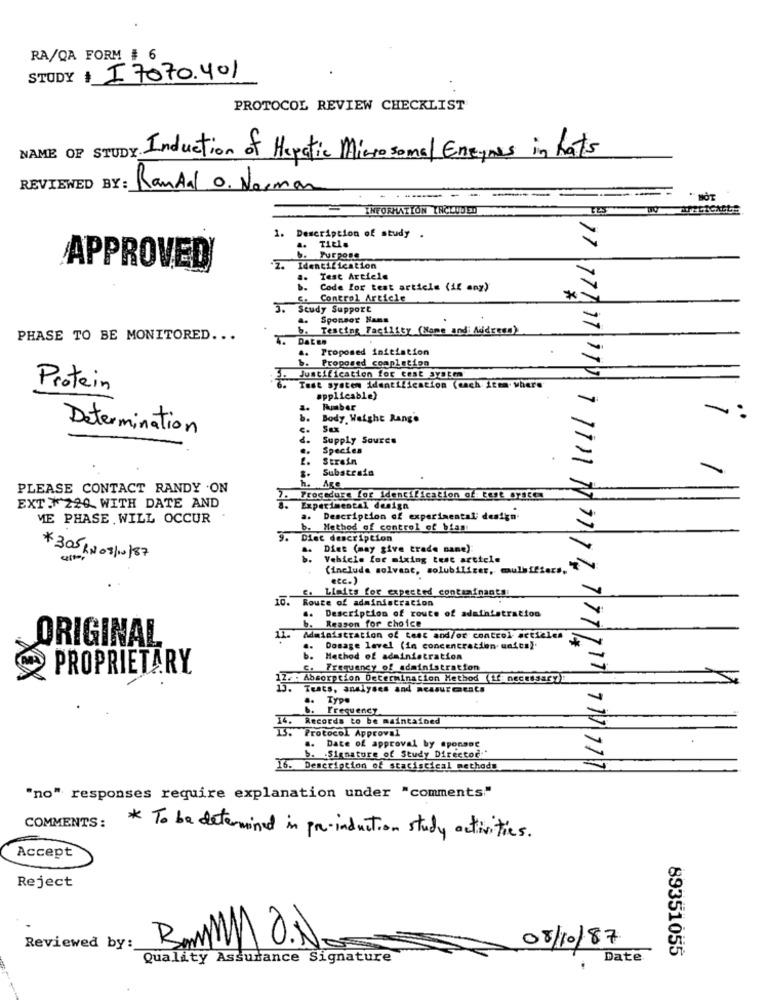
RA/QA FORM # 6
STUDY
I 7070.401
PROTOCOL REVIEW CHECKLIST
Induction of Hepatic Microsomel Eneynes in hats
REVIEWED BY: Randal o. Norman
---
-
" HOT
INFORMATION INCLUDED
1. Description of study .
a. Title
b. Purpose
APPROVED
Z. Identification
4. Test Article
Code for test article (if any)
G. Control Article
*
3.
Study Support
..
Sponsor Hans
b. Testing Facility (Name and Address)
PHASE TO BE MONITORED ...
4. Daten
.. Proposed initiation
b. Proposed completion
Justification for test system
Protein
Test system identification (each item where
applicable)
Body Weight Range
-:
Determination
Sux
Supply Source
Species
2.
Strain
Substrais
h. Age
PLEASE CONTACT RANDY .ON
Procedure for Identification of: test system
EXT : 220. WITH DATE AND
Experimental design
ME PHASE . WILL OCCUR
Description of experimental; design
Method of control of bias:
9. Diet description
Diet (may give trade name):
*305 RN05/10/87
Vehicle for mixing test article
(include solvant, solubiliser, mulsifiars,
ecc.)
c. Limits for expected contrainsat .
10. R
Route of administracion
Description of route of administration
..
b. Reason for choice
11.
Maiaistration of test and/or control articles
ORIGINAL
Dosage level (in concentration. unten).
*
b.
Method of administration
PROPRIETARY
c. Frequency of administration
12 .: Absorption Determination Method Lf: necessary
Tests, analyses and Resourcests
..
Type
Frequency
Records to be maintained
Protocol Approval
.. Date of approval by sponsor
b. . Signature of Study Director:"
16. Description of statistical methods
17 171 37 170 1 11 11 1 97 1 7. 7 77 117 717 177
"no" responses require explanation under "comments"
COMMENTS:
* To be determined in pr-induction study activities.
Accept
Reject
AL
O.N
08/10/87
Reviewed by:
89351055
Quality Assurance Signature
Date